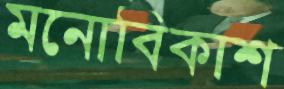
মনোবিকাশ